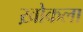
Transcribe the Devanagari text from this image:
ख़ोकला